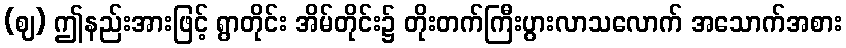
(ဈ) ဤနည်းအားဖြင့် ရွာတိုင်း အိမ်တိုင်း၌ တိုးတက်ကြီးပွားလာသလောက် အသောက်အစား